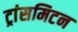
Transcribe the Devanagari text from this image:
ट्रांसमिटन